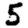
Digit: 5